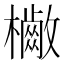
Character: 𣟷